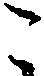
こ